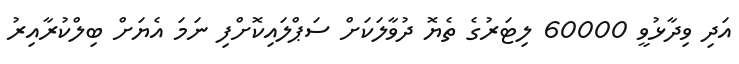
އަދި ވިދާޅުވީ 60000 ލިޓަރުގެ ތެޔޮ ދުވާލަކަށް ސަޕްލައިކޮށްފި ނަމަ އެޔަށް ބިލްކުރާއިރު